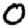
Digit: 0